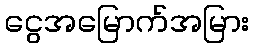
ငွေအမြောက်အမြား